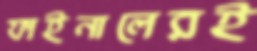
ফাইনালেরই